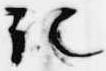
記